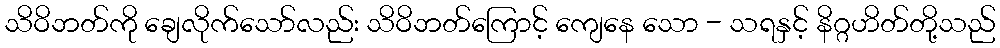
သိဝိဘတ်ကို ချေလိုက်သော်လည်း သိဝိဘတ်ကြောင့် ကျေနေ သော - သရနှင့် နိဂ္ဂဟိတ်တို့သည်